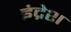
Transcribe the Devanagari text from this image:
इंद्रेश